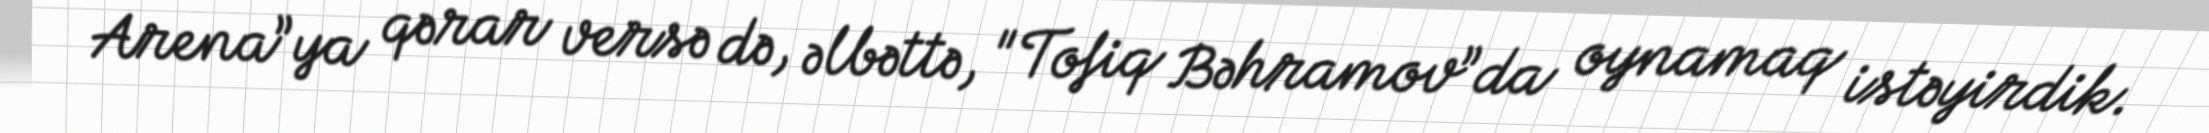
Arena”ya qərar versə də, əlbəttə, "Tofiq Bəhramov”da oynamaq istəyirdik.